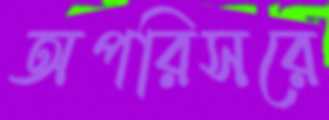
অপরিসরে